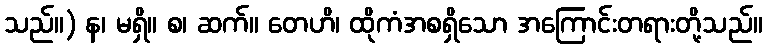
သည်။) န၊ မရှိ။ စ၊ ဆက်။ တေဟိ၊ ထိုကံအစရှိသော အကြောင်းတရားတို့သည်။